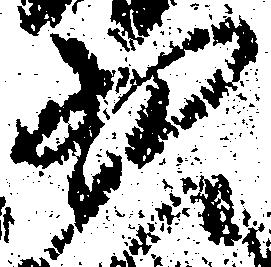
少